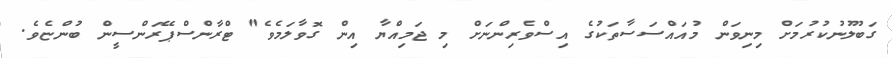
ގަބޫލުނުކުރުމަށް މިނިވަން މުއައްސަސާތަކުގެ އިސްވެރިންނަށް މި ޖަމިއްޔާ އިން ގޮވާލަމެވެ" ޓްރާންސްޕޭރަންސީން ބުންޏެވެ.